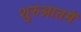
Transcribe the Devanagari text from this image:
शुरुआतमें